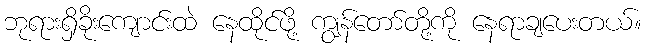
ဘုရားရှိခိုးကျောင်းထဲ နေထိုင်ဖို့ ကျွန်တော်တို့ကို နေရာချပေးတယ်။